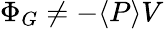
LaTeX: \Phi_{G}\neq-\langle P\rangle V